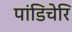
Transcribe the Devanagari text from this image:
पांडिचेरि